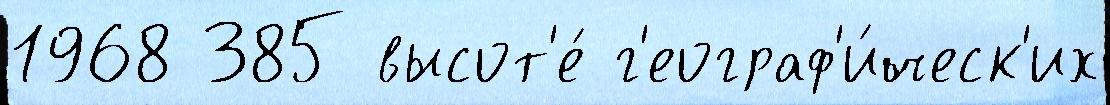
1968 385 высот'е́ г'еограф'и́ческ'их